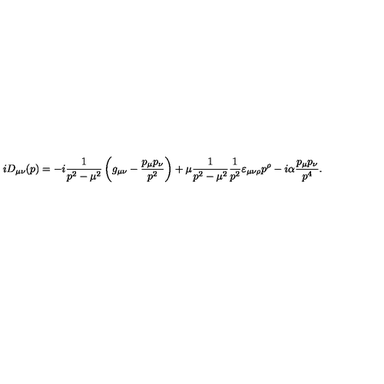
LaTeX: i D _ { \mu \nu } ( p ) = - i \frac { 1 } { p ^ { 2 } - \mu ^ { 2 } } \left( g _ { \mu \nu } - \frac { p _ { \mu } p _ { \nu } } { p ^ { 2 } } \right) + \mu \frac { 1 } { p ^ { 2 } - \mu ^ { 2 } } \frac { 1 } { p ^ { 2 } } \varepsilon _ { \mu \nu \rho } p ^ { \rho } - i \alpha \frac { p _ { \mu } p _ { \nu } } { p ^ { 4 } } .